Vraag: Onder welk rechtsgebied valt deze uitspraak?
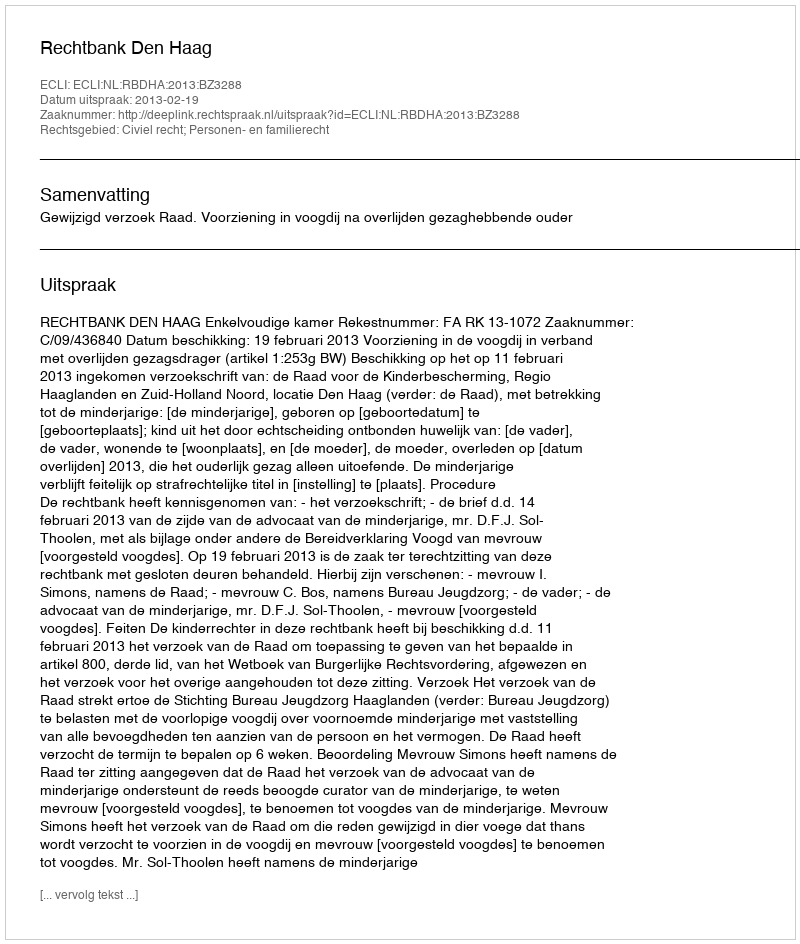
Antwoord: Civiel recht; Personen- en familierecht